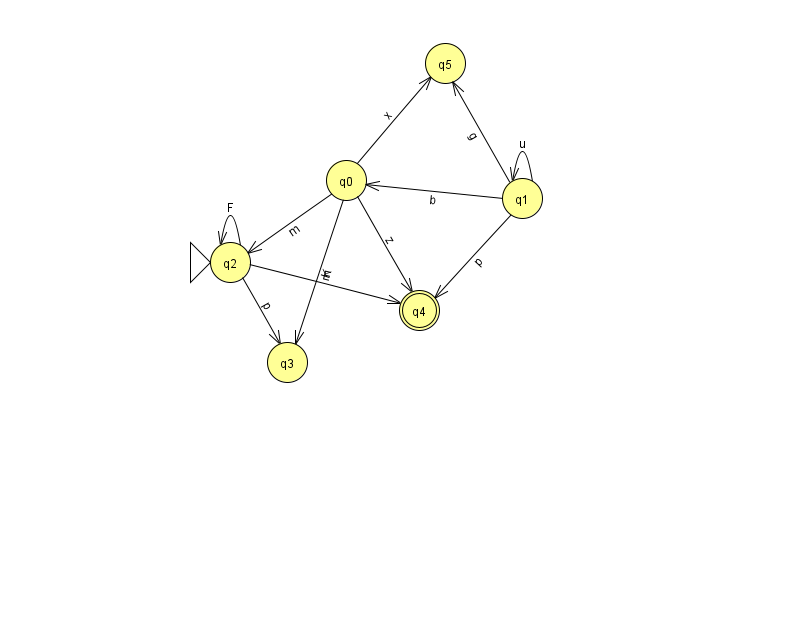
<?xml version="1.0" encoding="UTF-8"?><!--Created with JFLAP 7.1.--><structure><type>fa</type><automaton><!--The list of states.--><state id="0" name="q0"><x>346.0</x><y>167.0</y></state><state id="1" name="q1"><x>522.0</x><y>185.0</y></state><state id="2" name="q2"><x>230.0</x><y>249.0</y><initial/></state><state id="3" name="q3"><x>287.0</x><y>349.0</y></state><state id="4" name="q4"><x>419.0</x><y>297.0</y><final/></state><state id="5" name="q5"><x>445.0</x><y>50.0</y></state><!--The list of transitions.--><transition><from>2</from><to>4</to><read>E</read></transition><transition><from>1</from><to>1</to><read>u</read></transition><transition><from>2</from><to>2</to><read>F</read></transition><transition><from>2</from><to>3</to><read>p</read></transition><transition><from>0</from><to>2</to><read>m</read></transition><transition><from>0</from><to>3</to><read>K</read></transition><transition><from>0</from><to>4</to><read>z</read></transition><transition><from>0</from><to>5</to><read>x</read></transition><transition><from>1</from><to>4</to><read>p</read></transition><transition><from>1</from><to>0</to><read>b</read></transition><transition><from>1</from><to>5</to><read>g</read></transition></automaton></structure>